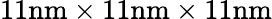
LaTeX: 11\textrm{nm}\times 11\textrm{nm}\times 11\textrm{nm}